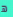
ھ